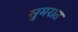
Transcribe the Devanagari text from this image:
सुमरात